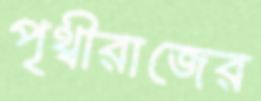
পৃথ্বীরাজের